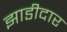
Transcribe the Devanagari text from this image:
झाडीदार